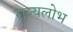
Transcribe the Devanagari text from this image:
राज्यलोभ